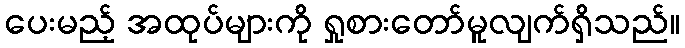
ပေးမည့် အထုပ်များကို ရှုစားတော်မူလျက်ရှိသည်။